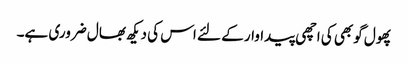
پھول گوبھی کی اچھی پیداوار کے لئے اس کی دیکھ بھال ضروری ہے۔